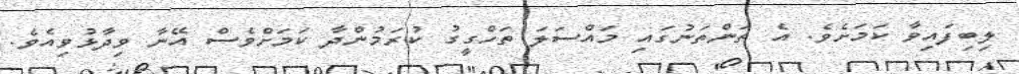
ލިބިފައިވާ ކަމަށެވެ. އެ ތަންތަނުގައި މައްސަލަ ތަހްގީގު ކުރަމުންދާ ކަމަށްވެސް އޭނާ ވިދާޅުވިއެވެ.